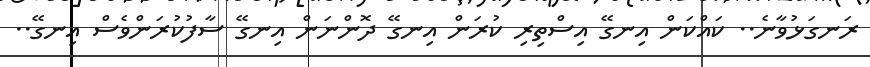
ރަނގަޅުވާނެ.. ކައްކަން އިނގޭ އިސްތިރި ކުރަން އިނގޭ ދޮންނަން އިނގޭ ސާފުކުރަންވެސް އިނގޭ..